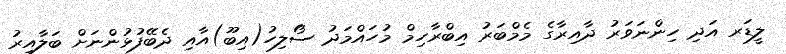
ލީޑަރ އަދި ހިންނަވަރު ދާއިރާގެ މެމްބަރު އިބްރާހިމް މުހައްމަދު ސޯލިހު(އިބޫ)އާއި ދެބޭފުޅުންނަށް ބަލާއިރު